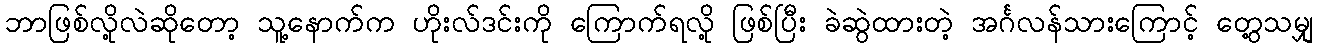
ဘာဖြစ်လို့လဲဆိုတော့ သူ့နောက်က ဟိုးလ်ဒင်းကို ကြောက်ရလို့ ဖြစ်ပြီး ခဲဆွဲထားတဲ့ အင်္ဂလန်သားကြောင့် တွေ့သမျှ